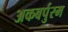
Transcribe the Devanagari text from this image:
अकबर्पुरम